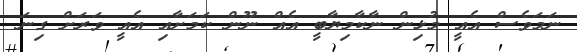
ނަމަވެސް އެއީ މުޅިން ނާކާމިޔާބީ އެއް ނޫން ކަމަށާއި އެއީ ވަރަށް ގިނަ